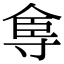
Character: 𡬴